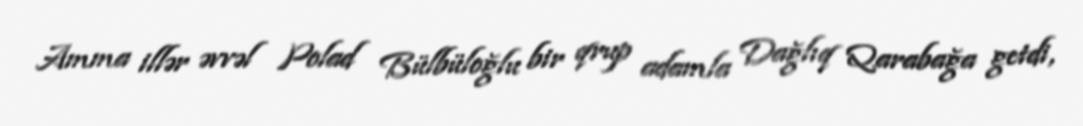
Amma illər əvvəl Polad Bülbüloğlu bir qrup adamla Dağlıq Qarabağa getdi,